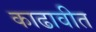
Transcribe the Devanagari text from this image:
काढावीत